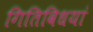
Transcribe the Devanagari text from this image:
गितिविधयां